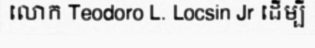
លោក Teodoro L. Locsin Jr ដើម្បី